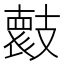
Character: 𭣞